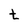
Character: t